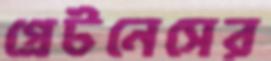
গ্রেটনেসের